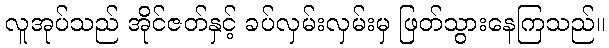
လူအုပ်သည် အိုင်ဇတ်နှင့် ခပ်လှမ်းလှမ်းမှ ဖြတ်သွားနေကြသည်။